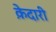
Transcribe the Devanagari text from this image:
क़ेदारी